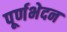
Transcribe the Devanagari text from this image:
पूर्णभेदन